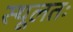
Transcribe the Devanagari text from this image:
स्थूलतः